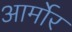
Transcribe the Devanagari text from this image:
आर्मोर